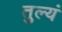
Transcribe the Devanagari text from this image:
तुल्यं